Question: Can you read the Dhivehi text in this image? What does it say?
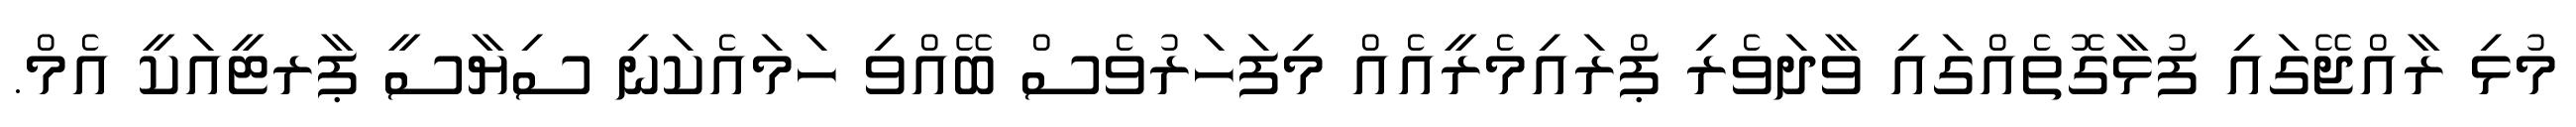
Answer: މުޅި ރާއްޖޭގައި ފުޅާގޮތެއްގައި ވާދަވެރި ޕްރައިމެރީއެއް މިފަހަރުވެސް ބޭއްވި ހަމައެކަނި ސިޔާސީ ޕާރޓީއަކީ އެމް.